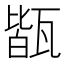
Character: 𤭧